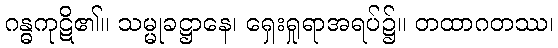
ဂန္ဓကုဋိ၏။ သမ္မုခဋ္ဌာနေ၊ ရှေးရှုရာအရပ်၌။ တထာဂတဿ၊